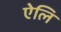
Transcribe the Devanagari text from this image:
ऐलि